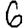
Digit: 6